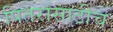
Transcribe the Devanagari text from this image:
पितरांसाठीच